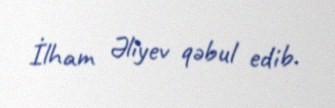
İlham Əliyev qəbul edib.